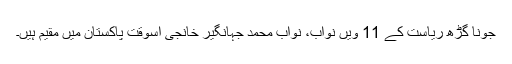
جونا گڑھ ریاست کے 11 ویں نواب، نواب محمد جہانگیر خانجی اسوقت پاکستان میں مقیم ہیں۔